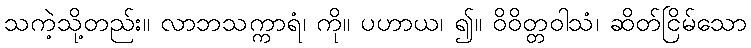
သကဲ့သို့တည်း။ လာဘသက္ကာရံ၊ ကို။ ပဟာယ၊ ၍။ ဝိဝိတ္တဝါသံ၊ ဆိတ်ငြိမ်သော